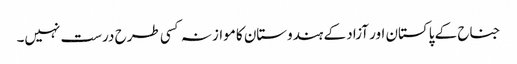
جناح کے پاکستان اور آزاد کے ہندوستان کا موازنہ کسی طرح درست نہیں۔